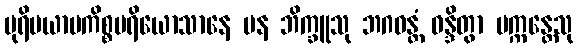
ပုရိမယာမကိစ္စပရိယောသာနေ ပန ဘိက္ခူသု ဘဂဝန္တံ ဝန္ဒိတွာ ပက္ကန္တေသု